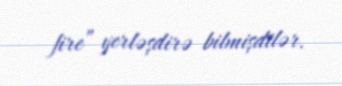
fire” yerləşdirə bilmişdilər.